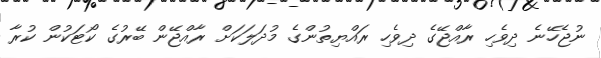
ނުޖެހޭނެ ދިވެހި ރާއްޖޭގެ ދިވެހި ރައްޔިތުންގެ މުދަލަކަށް ރާއްޖޭން ބޭރުގެ ކޯޓަކުން ކުރާ